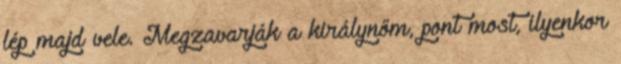
lép majd vele. Megzavarják a királynőm, pont most, ilyenkor